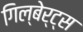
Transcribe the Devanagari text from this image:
गिल्बेर्ट्स